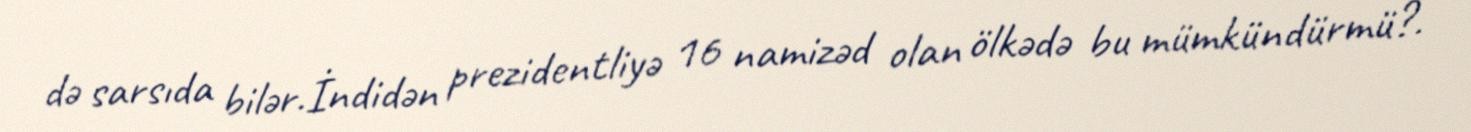
də sarsıda bilər.İndidən prezidentliyə 16 namizəd olan ölkədə bu mümkündürmü?.